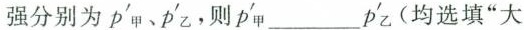
强分别为p'_{甲}、p'_{乙}，则p'_{甲}___p'_{乙}(均选填“大于” “等于”或“小于”)。